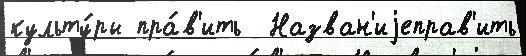
культу́ры пра́в'ить  Назван'иjеправ'ить